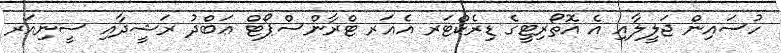
ހުސައިން ޖަލީލާއި އެ އޮތޯރިޓީގެ ޑިރެކްޓަރ އެއަރ ޓްރާންސްޕޯޓް ޢަބްދު ރަޝީދާއި ސީނިއަރ